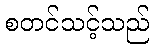
စတင်သင့်သည်